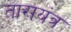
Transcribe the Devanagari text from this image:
तारायंत्र